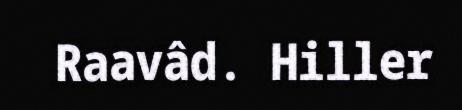
Raavâd. Hiller